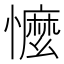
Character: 懡